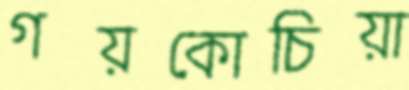
গয়কোচিয়া